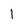
Character: l